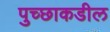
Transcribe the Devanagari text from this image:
पुच्छाकडील